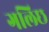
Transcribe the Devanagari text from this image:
गलिछ